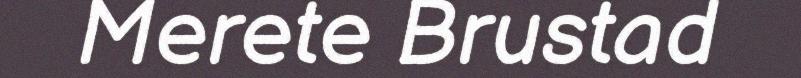
Merete Brustad